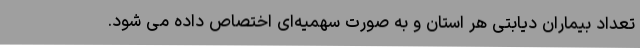
تعداد بیماران دیابتی هر استان و به صورت سهمیه‌ای اختصاص داده می شود.